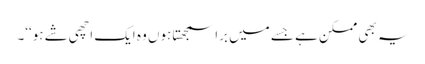
یہ بھی ممکن ہے جسے میں برا سمجھتا ہوں وہ ایک اچھی شے ہو‘‘۔